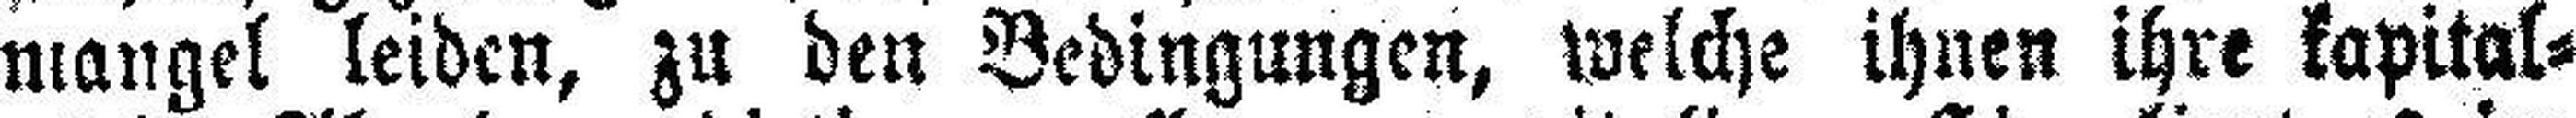
mangel leiden, zu den Bedingungen, welche ihnen ihre kapital¬